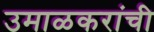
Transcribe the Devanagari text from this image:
उमाळकरांची